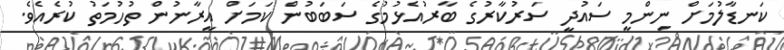
ކަނޑާލުމަށް ނިންމީ ސައުދީ ސަރުކާރުގެ ބާރުއެޅުމުގެ ސަބަބުން ކަމަށް އީރާނުން ތުހުމަތު ކުރެއެވެ.